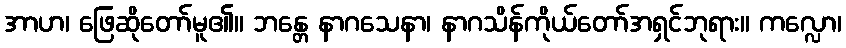
အာဟ၊ ဖြေဆိုတော်မူ၏။ ဘန္တေ နာဂသေနာ၊ နာဂသိန်ကိုယ်တော်အရှင်ဘုရား။ ကလ္လော၊